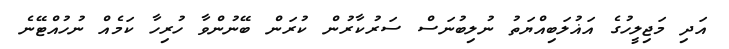
އަދި މަޖިލީހުގެ އަޣުލަބިއްޔަތު ނުލިބުނަސް ސަރުކާރުން ކުރަން ބޭނުންވާ ހުރިހާ ކަމެއް ނުހުއްޓޭނެ